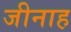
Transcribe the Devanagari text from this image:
जीनाह